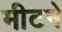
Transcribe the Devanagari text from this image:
मीटने